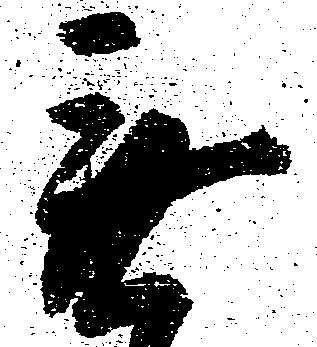
無